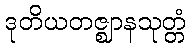
ဒုတိယတဇ္ဈာနသုတ္တံ